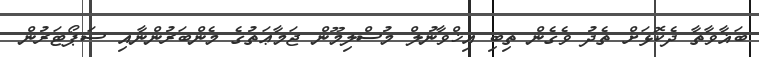
ބަޣާވާތާ ދެކޮޅަށް ތެދު ވެގެން ތިބި އިޚްވާނުލް މުސްލިމޫން ޖަމާޢަތުގެ މެންބަރުންނާއި ސަޕޯޓަރުން